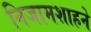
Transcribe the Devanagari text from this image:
निजामशाहने